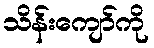
သိန်းကျော်ကို